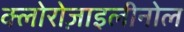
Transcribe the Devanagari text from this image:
क्लोरोज़ाइलीनोल